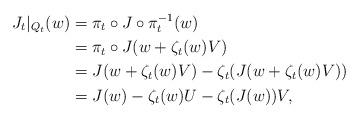
LaTeX: \begin{align*} J_{t}|_{Q_t}(w) &=\pi _{t}\circ J\circ \pi _{t}^{-1}(w) \\&=\pi _{t}\circ J(w+\zeta _{t}(w)V) \\&=J(w+\zeta _{t}(w)V)-\zeta _{t}(J(w+\zeta _{t}(w)V)) \\&=J(w)-\zeta _{t}(w)U-\zeta _{t}(J(w))V,\end{align*}